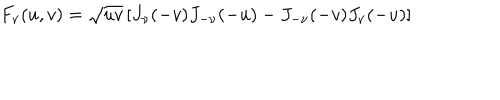
LaTeX: F _ { \nu } ( u , v ) = \sqrt { u v } \left[ J _ { \nu } ( - v ) J _ { - \nu } ( - u ) - J _ { - \nu } ( - v ) J _ { \nu } ( - u ) \right]